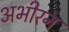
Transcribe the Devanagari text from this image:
अभीरन